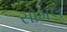
સોમલ